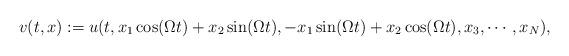
LaTeX: \begin{align*} v(t,x) := u(t,x_1 \cos(\Omega t) + x_2 \sin(\Omega t), -x_1 \sin(\Omega t) + x_2 \cos(\Omega t), x_3, \cdots, x_N),\end{align*}